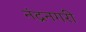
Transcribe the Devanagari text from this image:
नंद्रनगरी